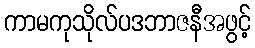
ကာမကုသိုလ်ပဒဘာဇနီအဖွင့်